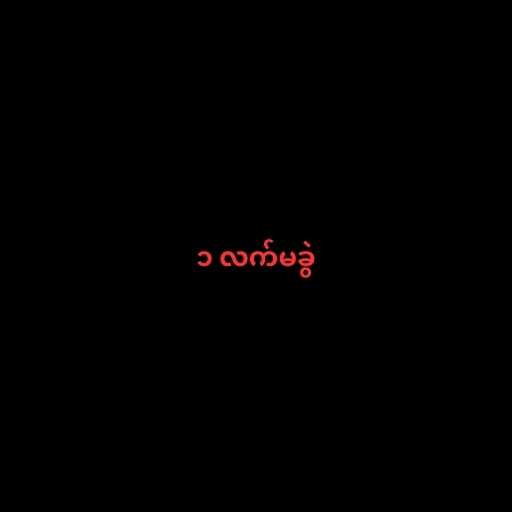
၁ လက်မခွဲ